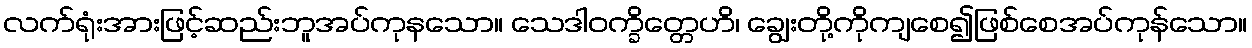
လက်ရုံးအားဖြင့်ဆည်းဘူအပ်ကုနသော။ သေဒါဝက္ခိတ္တေဟိ၊ ချွေးတို့ကိုကျစေ၍ဖြစ်စေအပ်ကုန်သော။